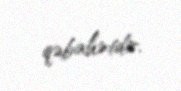
qəbahətdir.